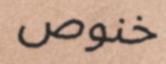
خنوص